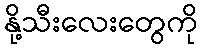
နို့သီးလေးတွေကို